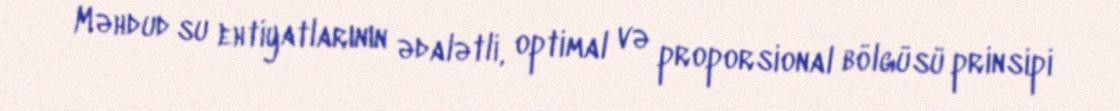
Məhdud su ehtiyatlarının ədalətli, optimal və proporsional bölgüsü prinsipi